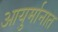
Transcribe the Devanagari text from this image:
आयुर्मानात